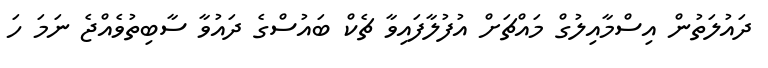
ދައުލަތުން އިސްމާއިލުގް މައްޗަށް އުފުލާފައިވާ ޗެކް ބައުސްގެ ދައުވާ ސާބިތުވެއްޖެ ނަމަ ހަ